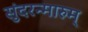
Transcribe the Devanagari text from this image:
सुंदरन्मारुम्